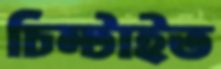
চিম্‌টাইত